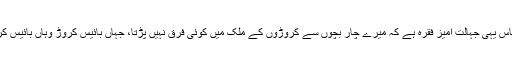
ہر کسی کے پاس یہی جہالت آمیز فقرہ ہے کہ میرے چار بچوں سے کروڑوں کے ملک میں کوئی فرق نہیں پڑتا، جہاں بائیس کروڑ وہاں بائیس کروڑ چار سہی۔